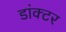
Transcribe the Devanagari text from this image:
डांक्टर